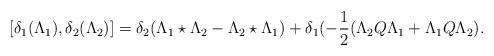
LaTeX: \begin{align*}[\delta_{1}(\Lambda_{1}),\delta_{2}(\Lambda_{2})]=\delta_{2}(\Lambda_{1}\star \Lambda_{2}-\Lambda_{2} \star\Lambda_{1})+\delta_{1}(-\frac{1}{2}(\Lambda_{2} Q \Lambda_{1} +\Lambda_{1} Q\Lambda_{2}).\end{align*}